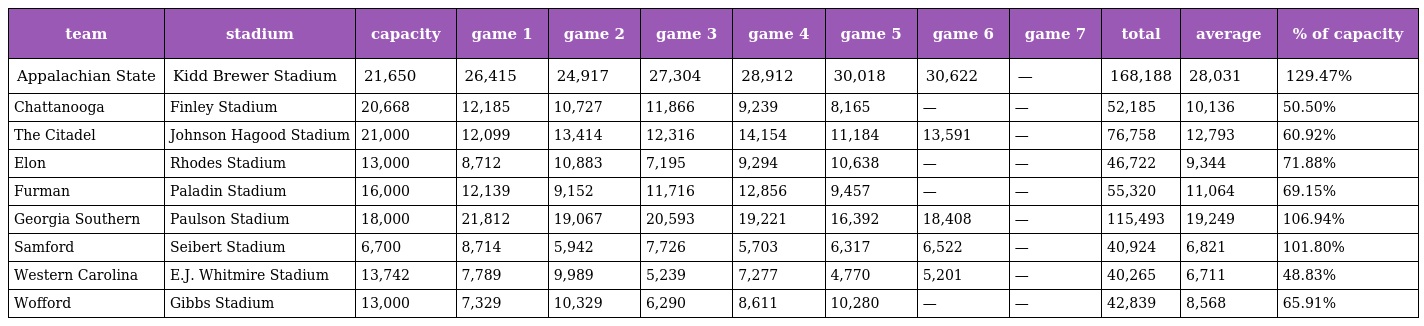
| team | stadium | capacity | game 1 | game 2 | game 3 | game 4 | game 5 | game 6 | game 7 | total | average | % of capacity |
 | --- | --- | --- | --- | --- | --- | --- | --- | --- | --- | --- | --- | --- |
 | Appalachian State | Kidd Brewer Stadium | 21,650 | 26,415 | 24,917 | 27,304 | 28,912 | 30,018 | 30,622 | — | 168,188 | 28,031 | 129.47% |
 | Chattanooga | Finley Stadium | 20,668 | 12,185 | 10,727 | 11,866 | 9,239 | 8,165 | — | — | 52,185 | 10,136 | 50.50% |
 | The Citadel | Johnson Hagood Stadium | 21,000 | 12,099 | 13,414 | 12,316 | 14,154 | 11,184 | 13,591 | — | 76,758 | 12,793 | 60.92% |
 | Elon | Rhodes Stadium | 13,000 | 8,712 | 10,883 | 7,195 | 9,294 | 10,638 | — | — | 46,722 | 9,344 | 71.88% |
 | Furman | Paladin Stadium | 16,000 | 12,139 | 9,152 | 11,716 | 12,856 | 9,457 | — | — | 55,320 | 11,064 | 69.15% |
 | Georgia Southern | Paulson Stadium | 18,000 | 21,812 | 19,067 | 20,593 | 19,221 | 16,392 | 18,408 | — | 115,493 | 19,249 | 106.94% |
 | Samford | Seibert Stadium | 6,700 | 8,714 | 5,942 | 7,726 | 5,703 | 6,317 | 6,522 | — | 40,924 | 6,821 | 101.80% |
 | Western Carolina | E.J. Whitmire Stadium | 13,742 | 7,789 | 9,989 | 5,239 | 7,277 | 4,770 | 5,201 | — | 40,265 | 6,711 | 48.83% |
 | Wofford | Gibbs Stadium | 13,000 | 7,329 | 10,329 | 6,290 | 8,611 | 10,280 | — | — | 42,839 | 8,568 | 65.91% |